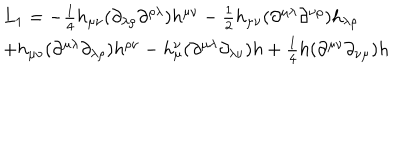
\begin{array} { l } { { L _ { 1 } = - \frac { 1 } { 4 } h _ { \mu \nu } ( \partial _ { \lambda \rho } \partial ^ { \rho \lambda } ) h ^ { \mu \nu } - \frac { 1 } { 2 } h _ { \mu \nu } ( \partial ^ { \mu \lambda } \partial ^ { \nu \rho } ) h _ { \lambda \rho } } } \\ { { + h _ { \mu \nu } ( \partial ^ { \mu \lambda } \partial _ { \lambda \rho } ) h ^ { \rho \nu } - h _ { \mu } ^ { \nu } ( \partial ^ { \mu \lambda } \partial _ { \lambda \nu } ) h + \frac { 1 } { 4 } h ( \partial ^ { \mu \nu } \partial _ { \nu \mu } ) h } } \\ \end{array}